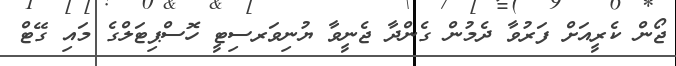
ޖޯން ކެރީއަށް ފަރުވާ ދެމުން ގެންދާ ޖެނީވާ ޔުނިވަރސިޓީ ހޮސްޕިޓަލްގެ މައި ގޭޓް